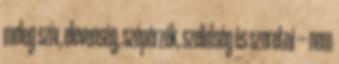
meleg szív, elevenség, szépérzék, szelídség és szeretni --- nem